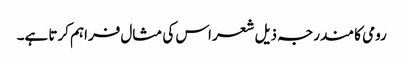
رومی کا مندرجہ ذیل شعر اس کی مثال فراہم کرتا ہے۔